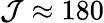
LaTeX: \mathcal{J}\approx180